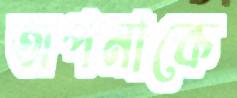
অপনাকে